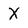
Character: X